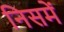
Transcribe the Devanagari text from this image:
निसमें